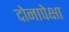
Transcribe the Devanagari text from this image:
दोनापेक्षा